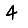
Digit: 4